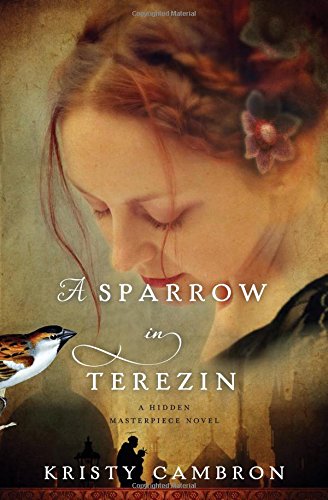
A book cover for A Sparrow in Terezin (A Hidden Masterpiece Novel); Kristy Cambron; Romance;